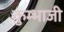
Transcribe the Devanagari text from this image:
कुम्भाजी